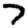
Digit: 7